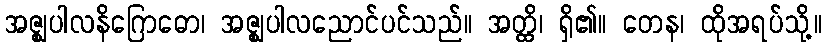
အဇ္ဈပါလနိဂြောဓော၊ အဇ္ဈပါလညောင်ပင်သည်။ အတ္ထိ၊ ရှိ၏။ တေန၊ ထိုအရပ်သို့။